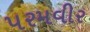
પરમવીર